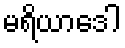
မရိယာဒေါ